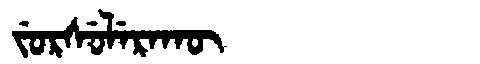
Manchu: ᠵᡠᡵᠰᡠᠯᡝᡵᠠᡴᡡ
Romanization: JURSULERAKŪ